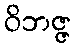
ဝိဘဇ္ဇ